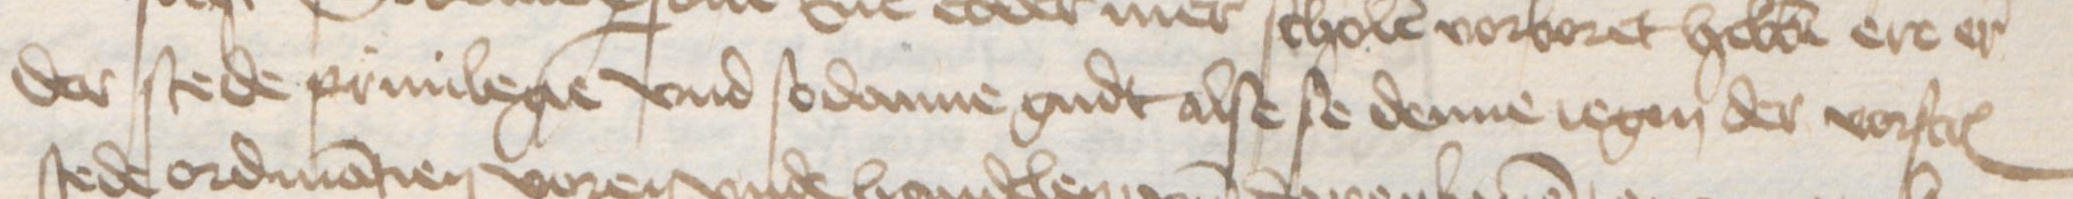
der stede priuilegie vnd sodanne gudt alse se denne iegen der vorstcreuen